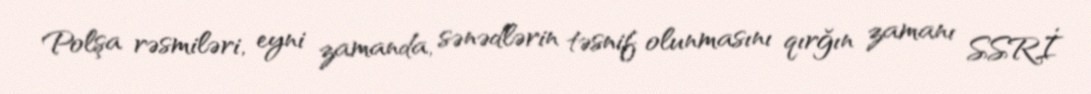
Polşa rəsmiləri, eyni zamanda, sənədlərin təsnif olunmasını qırğın zamanı SSRİ